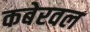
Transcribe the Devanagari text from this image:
कबेरवल